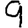
Digit: 9